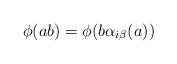
LaTeX: \begin{align*}\phi(ab)=\phi(b\alpha_{i\beta}(a))\end{align*}